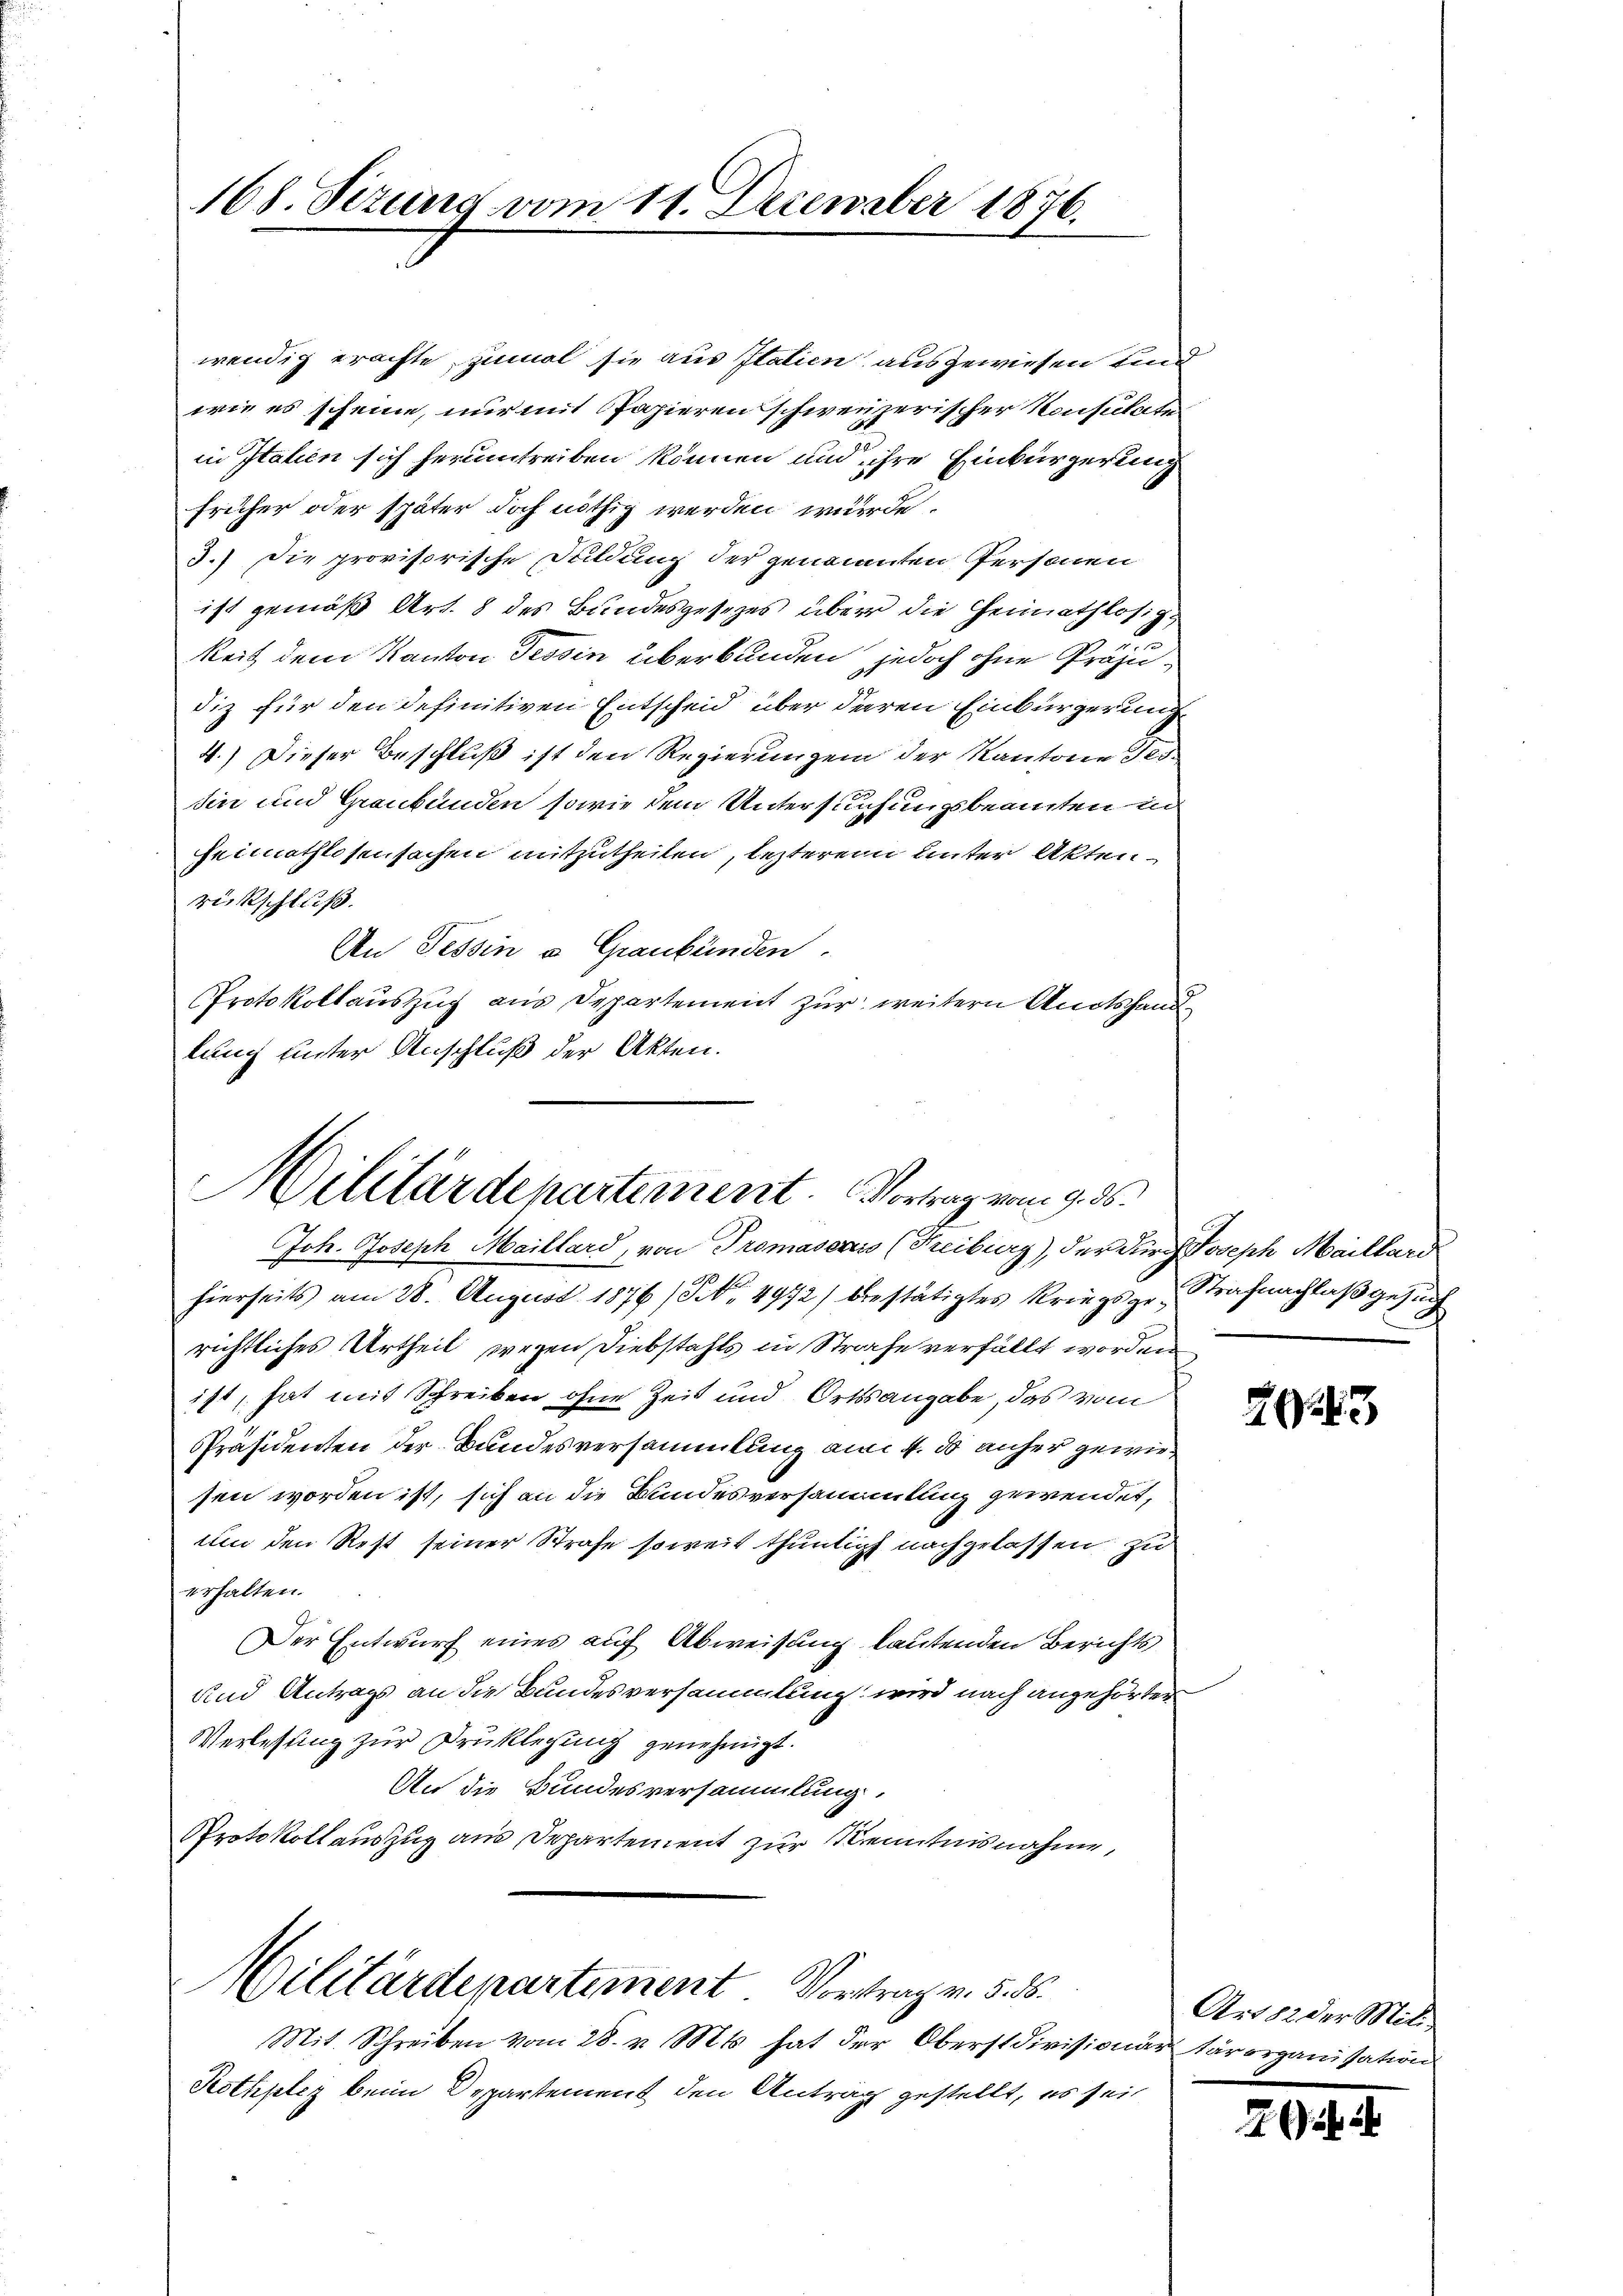
168. Sizung vom 11. December 1876.

wendig erachte, zumal sie aus Italien ausgewiesen und
wie es scheine, nur mit Papieren schweizerischer Konsulate
in Italien sich herumtreiben können und ihre Einbürgerung
früher oder später doch nöthig werden würde.
3.) Die provisorische Duldung der genannten Personen
ist gemäß Art. 8 des Bundesgesezes über die Heimathlosig
keit dem Kanton Tessin überbunden, jedoch ohne Präjudiz für den definitiven Entscheid über deren Einbürgerung
4.) Dieser Beschluß ist den Regierungen der Kantone Tes-
sin und Graubünden sowie dem Untersuchungsbeamten in
Heimathlosensachen mitzutheilen, lezterem Unter Aktenrückschluß.
An Tessin a. Graubünden.
Protokollauszug aus Departement zur weitern Amtshandlung unter Anschluß der Akten.

Militärdepartement. Vortrag vom 9. ds.

Joh. Joseph Maillard, von Promasenzis (Freiburg), der durch Joseph Maillard
hierseits am 28. August 1876 (S. 4972) bestätigtes Kriegsgr. Strafnachlaß gesung
richtliches Urtheil wegen Diebstahls in Strafe verfällt worden
ist, hat mit Schreiben ohne Zeit und Ortsangabe, das vom
Präsidenten der Bundesversammlung am 4. ds anher gewiesen worden ist, sich an die Bundesversammlung gewendet,
Um den Rest seiner Strafe soweit thunlich nachgelassen, zu
erhalten.
Der Entwurf eines auf Abweisung lautenden Berichts
und Antrags an die Bundesversammlung wird nach angehörter
Verlesung zur Drucklegung genehmigt.
An die Bundesversammlung.
Protokollauszug aus Departement zur Kenntnisnahme,

Militärdepartement. Vortrag v. 5. 55.

Mit. Schreiben vom 28. v. Mts. hat der Oberstdivisioni
Rothpliz beim Departement den Antrag gestellt, es sei

223

Archieder Mitt
 Tarorganisation

2